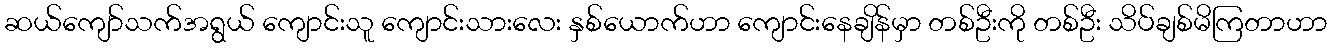
ဆယ်ကျော်သက်အရွယ် ကျောင်းသူ ကျောင်းသားလေး နှစ်ယောက်ဟာ ကျောင်းနေချိန်မှာ တစ်ဦးကို တစ်ဦး သိပ်ချစ်မိကြတာဟာ